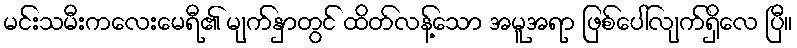
မင်းသမီးကလေးမေရီ၏ မျက်နှာတွင် ထိတ်လန့်သော အမူအရာ ဖြစ်ပေါ်လျက်ရှိလေ ပြီ။